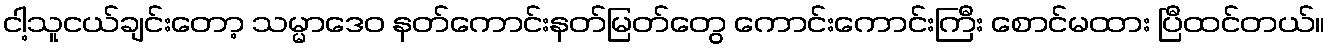
ငါ့သူငယ်ချင်းတော့ သမ္မာဒေဝ နတ်ကောင်းနတ်မြတ်တွေ ကောင်းကောင်းကြီး စောင်မထား ပြီထင်တယ်။